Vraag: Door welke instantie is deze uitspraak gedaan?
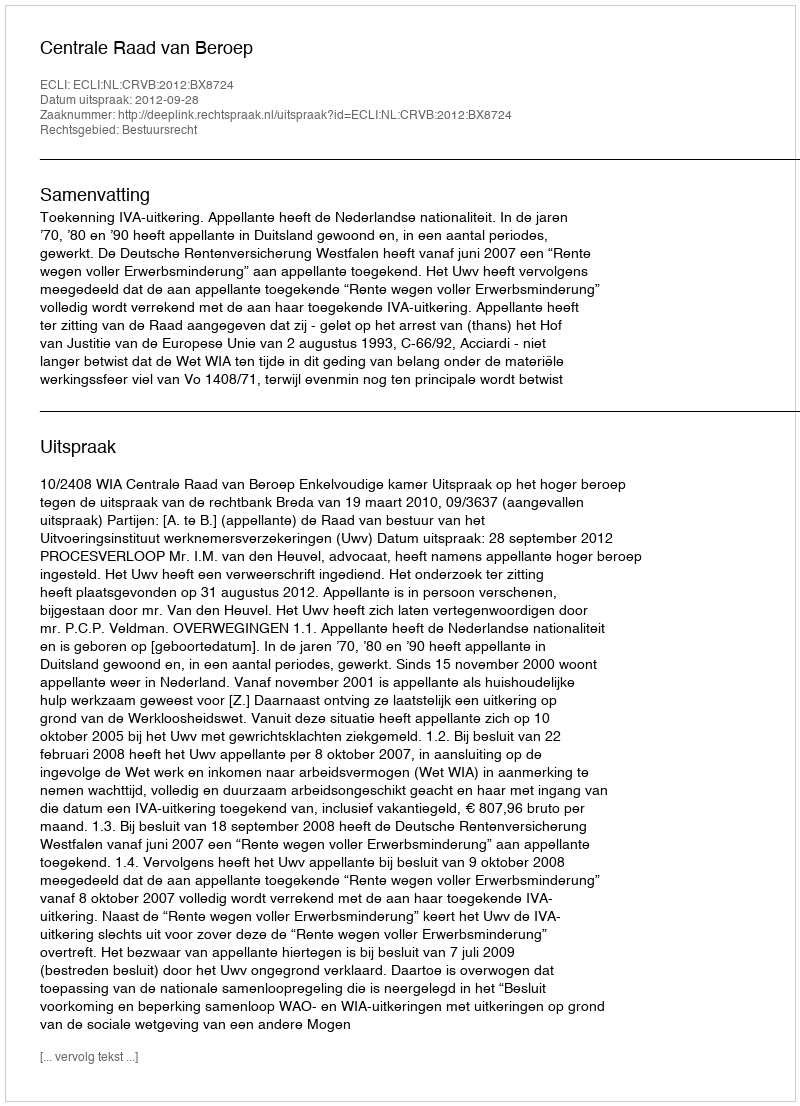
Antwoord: Centrale Raad van Beroep